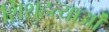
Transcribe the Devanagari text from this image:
शिशुहत्याओं